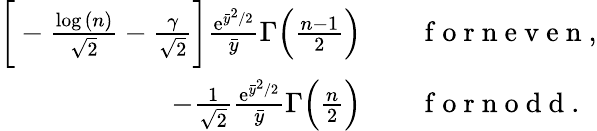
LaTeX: \begin{array}{rl}{\bigg[-\frac{\log{(n)}}{\sqrt{2}}-\frac{\gamma}{\sqrt{2}}\bigg]\frac{\mathrm{e}^{\bar{y}^{2}/2}}{\bar{y}}\Gamma\Big(\frac{n-1}{2}\Big)}&{{}\quad\mathrm{~f~o~r~n~e~v~e~n~},}\\ {-\frac{1}{\sqrt{2}}\frac{\mathrm{e}^{\bar{y}^{2}/2}}{\bar{y}}\Gamma\Big(\frac{n}{2}\Big)}&{{}\quad\mathrm{~f~o~r~n~o~d~d~}.}\end{array}